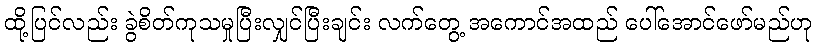
ထို့ပြင်လည်း ခွဲစိတ်ကုသမှုပြီးလျှင်ပြီးချင်း လက်တွေ့ အကောင်အထည် ပေါ်အောင်ဖော်မည်ဟု